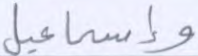
وإسماعيل